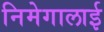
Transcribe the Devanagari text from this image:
निमेगालाई